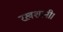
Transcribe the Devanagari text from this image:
रख़शानी।